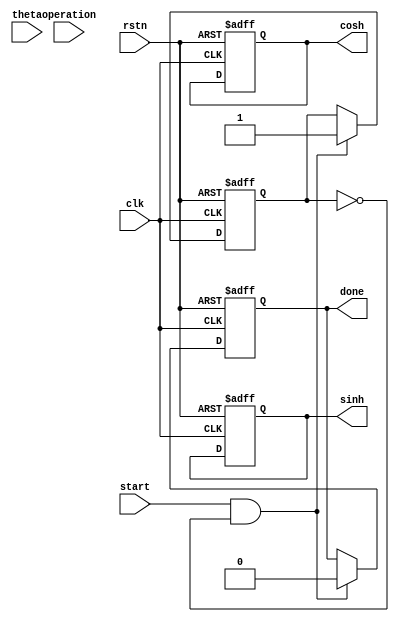
module hyperbolic_cordic #(
    parameter WIDTH = 16,            // Fixed point width
    parameter ITERATIONS = 16        // Number of iterations for CORDIC
)(
    input wire clk,                  // Clock signal
    input wire rstn,                 // Active low reset
    input wire start,                // Start signal
    input wire [WIDTH-1:0] theta,    // Input angle in radians (fixed-point)
    input wire [3:0] operation,      // Operation: 0=sinh, 1=cosh, 2=arsinh, 3=arcosh
    output reg [WIDTH-1:0] sinh,     // Output sinh(theta)
    output reg [WIDTH-1:0] cosh,     // Output cosh(theta)
    output reg done                  // Computation complete
);

    // CORDIC constants for hyperbolic functions
    reg [WIDTH-1:0] arctanh [0:ITERATIONS-1]; // Rotation angles (arctanh values) 
    initial begin
        // Initialize rotation angles (arctanh values)
        arctanh[0] = 16'b0000000000000001; // Example values
        arctanh[1] = 16'b0000000000000010; // Adjust values as necessary
        // ... Populate all necessary rotation angles for ITERATIONS
    end

    // Internal registers for coordinates and angle
    reg [WIDTH-1:0] x_reg, y_reg, z_reg;
    reg [3:0] iteration_count;
    reg state; // 0=idle, 1=active

    always @(posedge clk or negedge rstn) begin
        if (~rstn) begin
            // Reset internal states
            x_reg <= 16'b0;
            y_reg <= 16'b0;
            z_reg <= 16'b0;
            iteration_count <= 0;
            done <= 0;
            sinh <= 16'b0;
            cosh <= 16'b0;
            state <= 0;
        end
        else if (start && state == 0) begin
            // Initialization phase
            x_reg <= (operation == 1 || operation == 2) ? 16'b0 : theta; // cosh initialization
            y_reg <= (operation == 0 || operation == 2) ? theta : 16'b0;     // sinh initialization
            z_reg <= 16'b0;
            iteration_count <= 0;
            done <= 0;
            state <= 1; // Move to active state
        end
        else if (state == 1 && iteration_count < ITERATIONS) begin
            // CORDIC iteration logic
            if (z_reg < 0) begin
                // rotate clockwise (subtract)
                x_reg <= x_reg - (y_reg >>> iteration_count);
                y_reg <= y_reg + (x_reg >>> iteration_count);
                z_reg <= z_reg + arctanh[iteration_count];
            end else begin
                // rotate counterclockwise (add)
                x_reg <= x_reg + (y_reg >>> iteration_count);
                y_reg <= y_reg - (x_reg >>> iteration_count);
                z_reg <= z_reg - arctanh[iteration_count];
            end

            iteration_count <= iteration_count + 1;
        end
        else if (iteration_count == ITERATIONS) begin
            // Computation complete
            done <= 1;
            sinh <= y_reg; // Final result for sinh
            cosh <= x_reg; // Final result for cosh
            state <= 0;    // Move back to idle state
        end
    end

endmodule